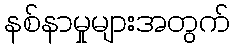
နစ်နာမှုများအတွက်